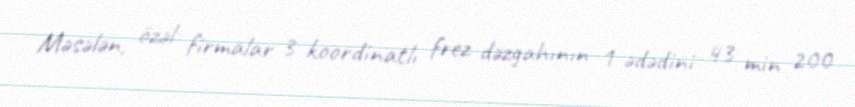
Məsələn, özəl firmalar 3 koordinatlı frez dəzgahının 1 ədədini 43 min 200